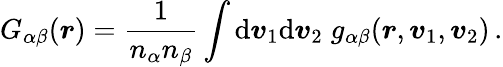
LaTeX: G_{\alpha\beta}(\boldsymbol{r})=\frac{1}{n_{\alpha}n_{\beta}}\int\mathrm{d}\boldsymbol{v}_{1}\mathrm{d}\boldsymbol{v}_{2}\; g_{\alpha\beta}(\boldsymbol{r},\boldsymbol{v}_{1},\boldsymbol{v}_{2})\, .